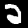
Digit: 2